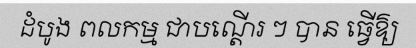
ដំបូង ពលកម្ម ជាបណ្តើរ ៗ បាន ធ្វើឱ្យ